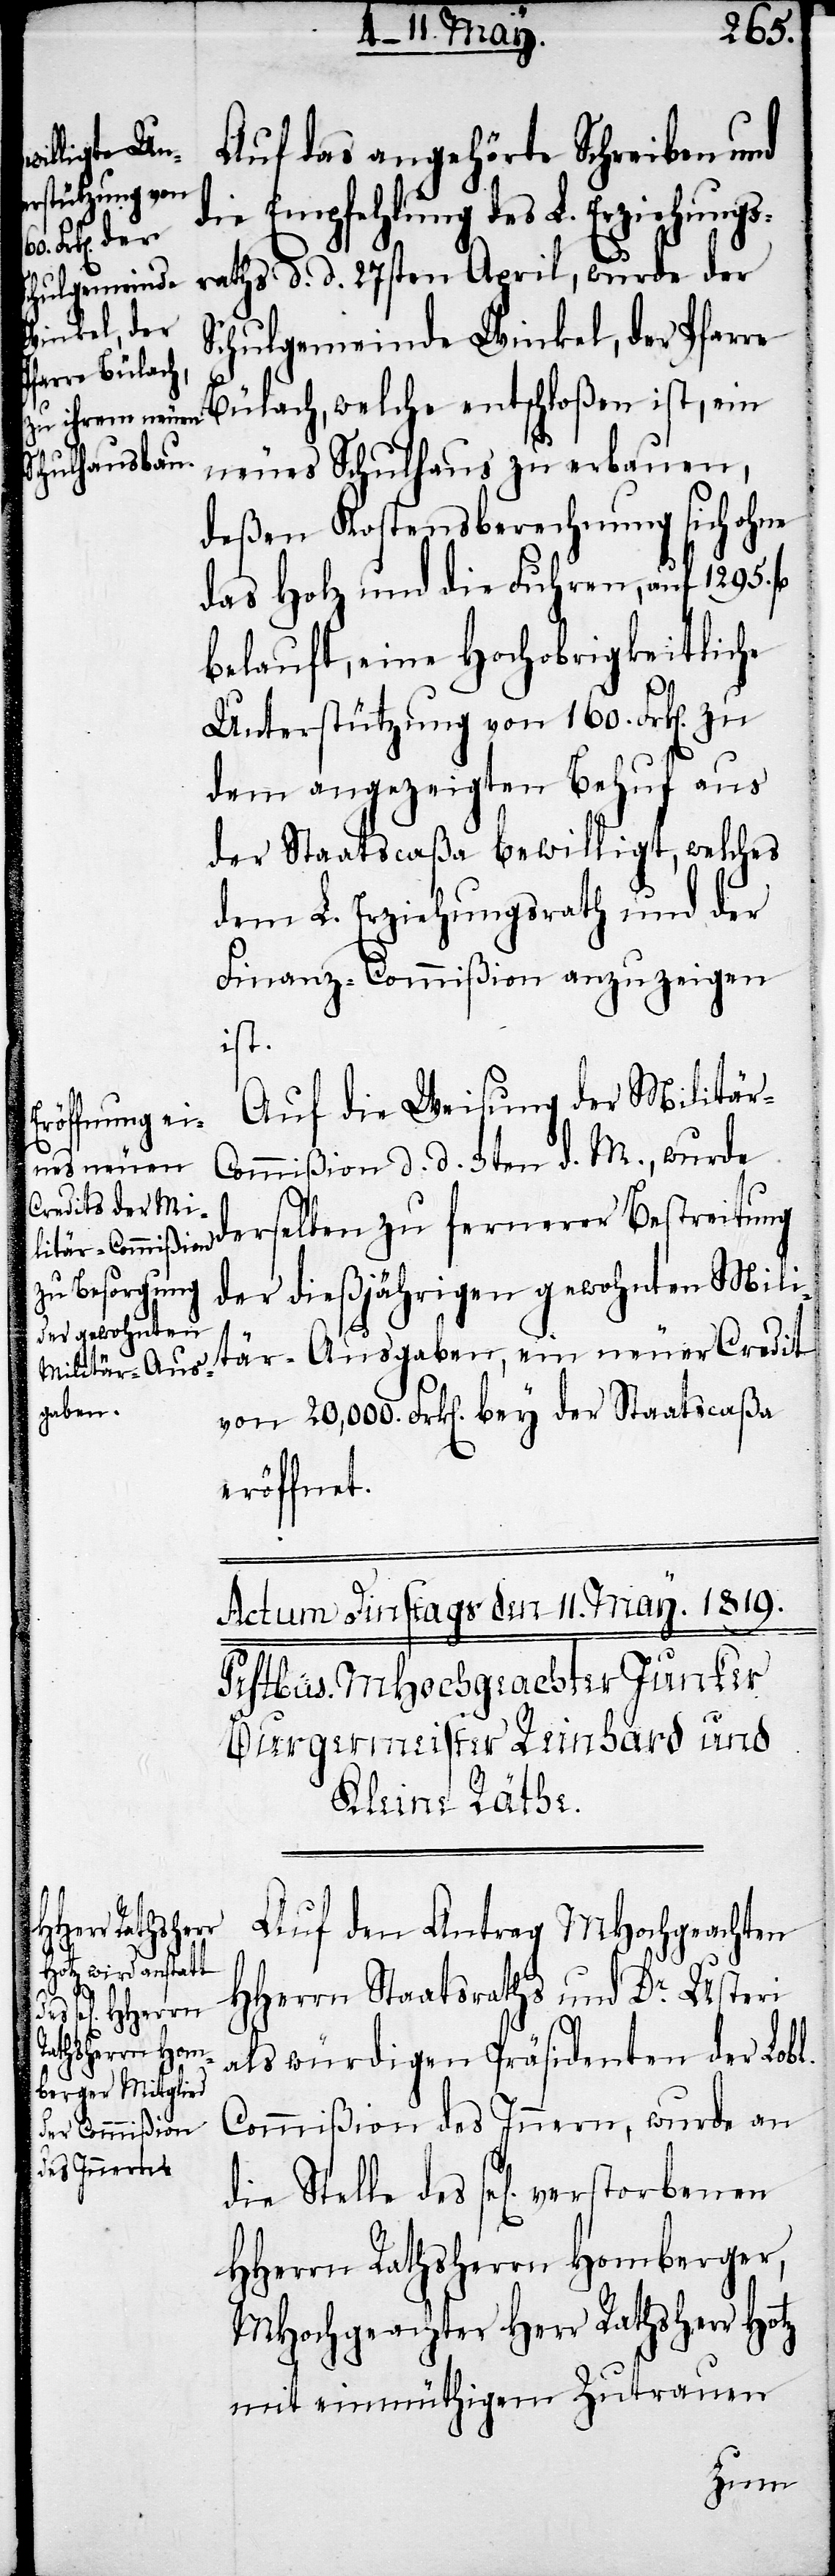
verstorbenen

Auf das angehörte Schreiben und
die Empfehlung des L. Erziehungs¬
raths d. d. 27sten April, wurde der
Schulgemeinde Winkel, der Pfarre
Bülach, welche entschloßen ist, ein
neues Schulhaus zu erbauen,
deßen Kostenberechnung sich ohne
das Holz und die Fuhren, auf 1295.
belauft, eine Hochobrigkeitliche
Unterstüzung von 160. Frk[en].
dem angezeigten Behuf aus
der Staatscaßa bewilligt, welches
dem L. Erziehungsrath und der
Finanz-Commißion anzuzeigen
ist.
Auf die Weisung der Militär-C¬
ommißion d. d. 3ten d. M., wurde
derselben zu fernerer Bestreitung
der dießjährigen gewohnten Mili¬
tär-Ausgaben, ein neuer Credit
von 20,000. Frk[en]. bey der Staatscaßa
eröffnet.
Auf den Antrag MHochgeachten
HHerrn Staatsraths und Dr. Usteri
als würdigen Präsidenten der Lobl.
Commißion des Innern, wurde an
HHerrn Rathsherrn Homberger,
MHochgeachter Herr Rathsherr Hotz
mit einmüthigem Zutrauen